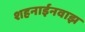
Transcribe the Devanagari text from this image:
शहनाईनवाझ